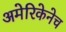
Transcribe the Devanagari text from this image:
अमेरिकेनेच